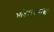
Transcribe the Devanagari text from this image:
भांडारकरांची